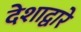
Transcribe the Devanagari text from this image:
देशाद्वारे